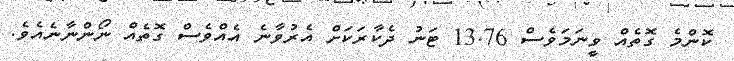
ކޮންމެ ގޮތެއް ވީނަމަވެސް 13.76 ޓަނު ދެކާރަކަށް އެރުވާނެ އެއްވެސް ގޮތެއް ނޯންނާނެއެވެ.